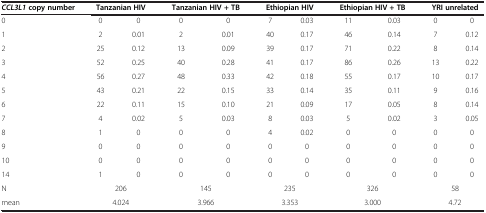
| CCL3L1 copy number | <COLSPAN=2> Tanzanian HIV | <COLSPAN=2> Tanzanian HIV + TB | <COLSPAN=2> Ethiopian HIV | <COLSPAN=2> Ethiopian HIV + TB | <COLSPAN=2> YRI unrelated |
 | --- | --- | --- | --- | --- | --- | --- | --- | --- | --- | --- |
 | 0 | 0 | 0 | 0 | 0 | 7 | 0.03 | 11 | 0.03 | 0 | 0 |
 | 1 | 2 | 0.01 | 2 | 0.01 | 40 | 0.17 | 46 | 0.14 | 7 | 0.12 |
 | 2 | 25 | 0.12 | 13 | 0.09 | 39 | 0.17 | 71 | 0.22 | 8 | 0.14 |
 | 3 | 52 | 0.25 | 40 | 0.28 | 41 | 0.17 | 86 | 0.26 | 13 | 0.22 |
 | 4 | 56 | 0.27 | 48 | 0.33 | 42 | 0.18 | 55 | 0.17 | 10 | 0.17 |
 | 5 | 43 | 0.21 | 22 | 0.15 | 33 | 0.14 | 35 | 0.11 | 9 | 0.16 |
 | 6 | 22 | 0.11 | 15 | 0.10 | 21 | 0.09 | 17 | 0.05 | 8 | 0.14 |
 | 7 | 4 | 0.02 | 5 | 0.03 | 8 | 0.03 | 5 | 0.02 | 3 | 0.05 |
 | 8 | 1 | 0 | 0 | 0 | 4 | 0.02 | 0 | 0 | 0 | 0 |
 | 9 | 0 | 0 | 0 | 0 | 0 | 0 | 0 | 0 | 0 | 0 |
 | 10 | 0 | 0 | 0 | 0 | 0 | 0 | 0 | 0 | 0 | 0 |
 | 14 | 1 | 0 | 0 | 0 | 0 | 0 | 0 | 0 | 0 | 0 |
 | N | <COLSPAN=2> 206 | <COLSPAN=2> 145 | <COLSPAN=2> 235 | <COLSPAN=2> 326 | <COLSPAN=2> 58 |
 | mean | <COLSPAN=2> 4.024 | <COLSPAN=2> 3.966 | <COLSPAN=2> 3.353 | <COLSPAN=2> 3.000 | <COLSPAN=2> 4.72 |